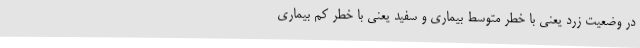
در وضعیت زرد یعنی با خطر متوسط بیماری و سفید یعنی با خطر کم بیماری